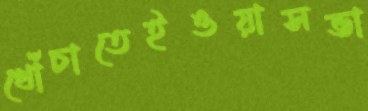
খোঁচাতেইওয়াসভা